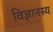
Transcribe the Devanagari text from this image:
विज्ञानस्य